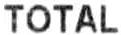
TOTAL